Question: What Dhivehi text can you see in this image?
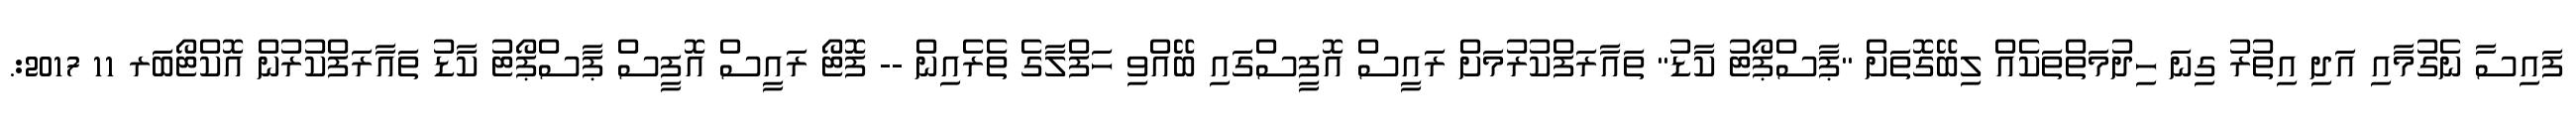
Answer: ފައިސާ ނެގުމާއި އަދި އިތުރު ގިނަ ހިދުމަތްތަކެއް ލިބޭގޮތަށް "ޕާސްޕޯޓު ކާޑު" ތައާރަފްކުރުމަށް ރައީސް އޮފީސްގައި ބޭއްވި ހަފްލާގެ ތެރެއިން -- ފޮޓޯ ރައީސް އޮފީސް ޕާސްޕޯޓު ކާޑު ތައާރަފްކުރުން އޮކްޓޯބަރ 11 2017:.